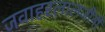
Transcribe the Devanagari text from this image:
जवाहरलालजींनी